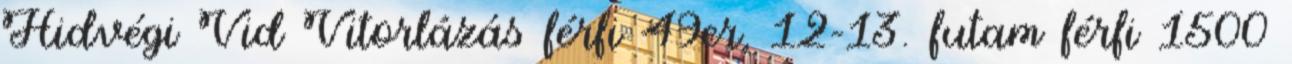
Hidvégi Vid Vitorlázás férfi 49er, 12–13. futam férfi 1500